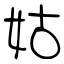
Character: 姑